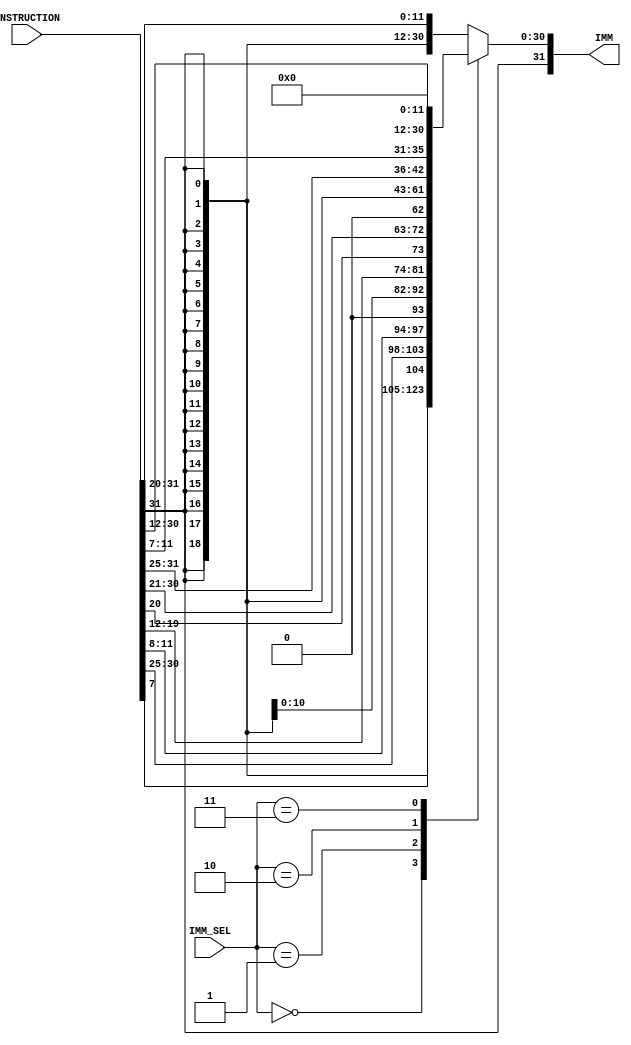
module imm_gen(
    // inputs
    INSTRUCTION,
    IMM_SEL,
    // outputs
    IMM
);

input [31:0] INSTRUCTION;
input [2:0] IMM_SEL;

output reg [31:0] IMM;

wire [31:0] B_IMM, J_IMM, S_IMM, U_IMM, I_IMM;

// sign extention imidiate value for B type 
// | imm[12]   | imm[10:5]         | rs2 (5)         | rs1 (5)   | funct3 (3) | imm[4:1]   | imm[11] | opcode (7) |
assign B_IMM={{20{INSTRUCTION[31]}},INSTRUCTION[7],INSTRUCTION[30:25],INSTRUCTION[11:8],1'b0};

// sign extention imidiate value for J type 
// | imm[20] (1)      | imm[10:1] (10)   | imm[11] (1)   | imm[19:12] (8) | rd (5) | opcode (7) |
assign J_IMM={{12{INSTRUCTION[31]}},INSTRUCTION[19:12],INSTRUCTION[20],INSTRUCTION[30:21],1'b0};

// sign extention imidiate value for S type 
// | imm[11:5] (7)   |   rs2 (5)         |   rs1 (5)   | funct3 (3) | imm[4:0] (5) | opcode (7) |
assign S_IMM={{21{INSTRUCTION[31]}},INSTRUCTION[30:25],INSTRUCTION[11:7]};

// sign extention imidiate value for U type 
// | imm[31:12] (20)   | rd (5) | opcode (7) |
assign U_IMM={INSTRUCTION[31:12],{12{1'b0}}};

// sign extention imidiate value for I type
//  | imm[11:0] (12) | rs1 (5) | funct3 (3) | rd (5)   | opcode (7) |
assign I_IMM={{21{INSTRUCTION[31]}},INSTRUCTION[30:20]};

always @(*) begin
    case (IMM_SEL)
        3'b000: begin
            IMM <= B_IMM;
        end
        3'b001: begin
            IMM <= J_IMM;
        end
        3'b010: begin
            IMM <= S_IMM;
        end
        3'b011: begin
            IMM <= U_IMM;
        end
        default: begin
            IMM <= I_IMM;
        end
    endcase
end

endmodule